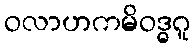
ဝလာဟကမိဝဒ္ဓဂူ